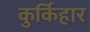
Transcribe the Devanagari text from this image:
कुर्किहार